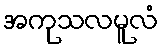
အကုသလမူလံ